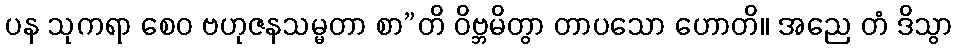
ပန သုကရာ စေဝ ဗဟုဇနသမ္မတာ စာ”တိ ဝိဗ္ဘမိတွာ တာပသော ဟောတိ။ အညေ တံ ဒိသွာ